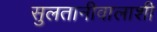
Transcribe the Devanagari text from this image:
सुलतानीवालाशी